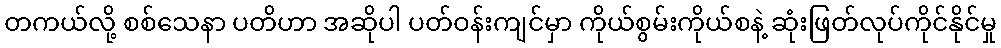
တကယ်လို့ စစ်သေနာ ပတိဟာ အဆိုပါ ပတ်ဝန်းကျင်မှာ ကိုယ်စွမ်းကိုယ်စနဲ့ ဆုံးဖြတ်လုပ်ကိုင်နိုင်မှု